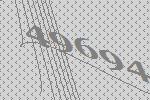
49694